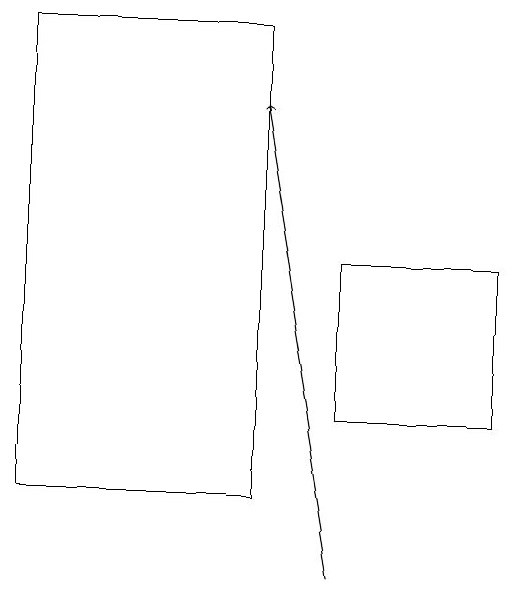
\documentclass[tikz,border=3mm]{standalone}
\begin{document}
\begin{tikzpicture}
\draw (5,12) rectangle (7,14);
\draw (1,17) rectangle (4,11);
\draw[->] (5,10) -- (4,16);
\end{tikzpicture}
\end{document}